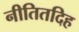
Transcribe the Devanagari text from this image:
नीतितदिह